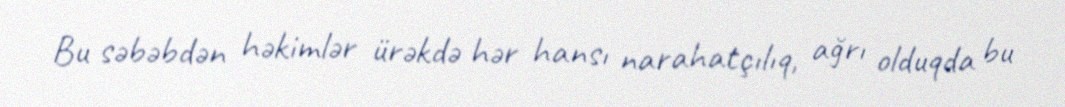
Bu səbəbdən həkimlər ürəkdə hər hansı narahatçılıq, ağrı olduqda bu